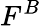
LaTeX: F^{B}